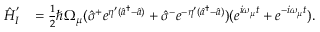
\begin{array} { r l } { \hat { H } _ { I } ^ { ' } } & { = \frac { 1 } { 2 } \hbar \Omega _ { \mu } ( \hat { \sigma } ^ { + } e ^ { \eta ^ { \prime } ( \hat { a } ^ { \dagger } - \hat { a } ) } + \hat { \sigma } ^ { - } e ^ { - \eta ^ { \prime } ( \hat { a } ^ { \dagger } - \hat { a } ) } ) ( e ^ { i \omega _ { \mu } t } + e ^ { - i \omega _ { \mu } t } ) . } \end{array}